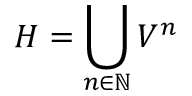
H = \bigcup _ { n \in \mathbb { N } } V ^ { n }